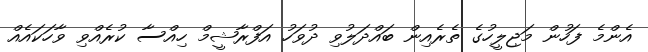
އެންމެ ފަހުން މަޖިލީހުގެ ތެރެއިން ބައްދަލުވި ދުވަހު އަފްރާޝީމް ހިއްސާ ކުރެއްވި ވާހަކައެއް